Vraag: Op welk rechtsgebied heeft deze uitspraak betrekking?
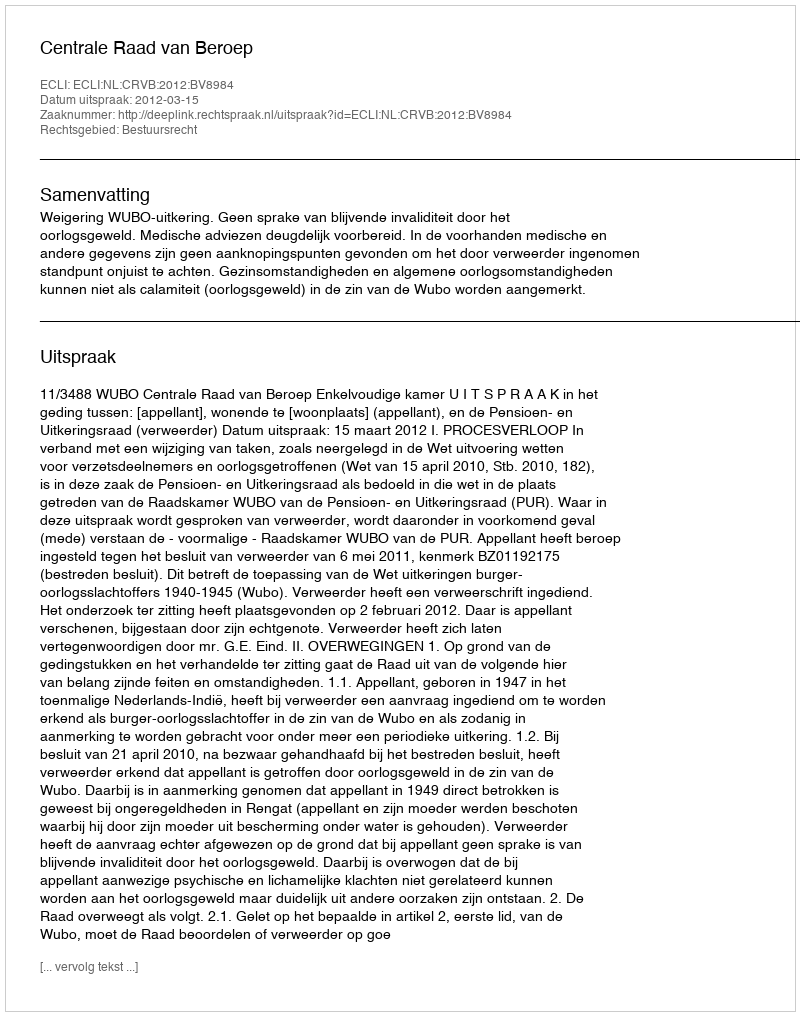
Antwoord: Bestuursrecht